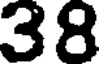
38